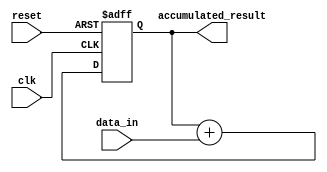
module fixed_point_accumulator (
    input wire [15:0] data_in,
    input wire clk,
    input wire reset,
    output wire [15:0] accumulated_result
);

reg [15:0] accumulator_reg;

always @(posedge clk or posedge reset) begin
    if (reset) begin
        accumulator_reg <= 16'b0;
    end else begin
        accumulator_reg <= accumulator_reg + data_in;
    end
end

assign accumulated_result = accumulator_reg;

endmodule